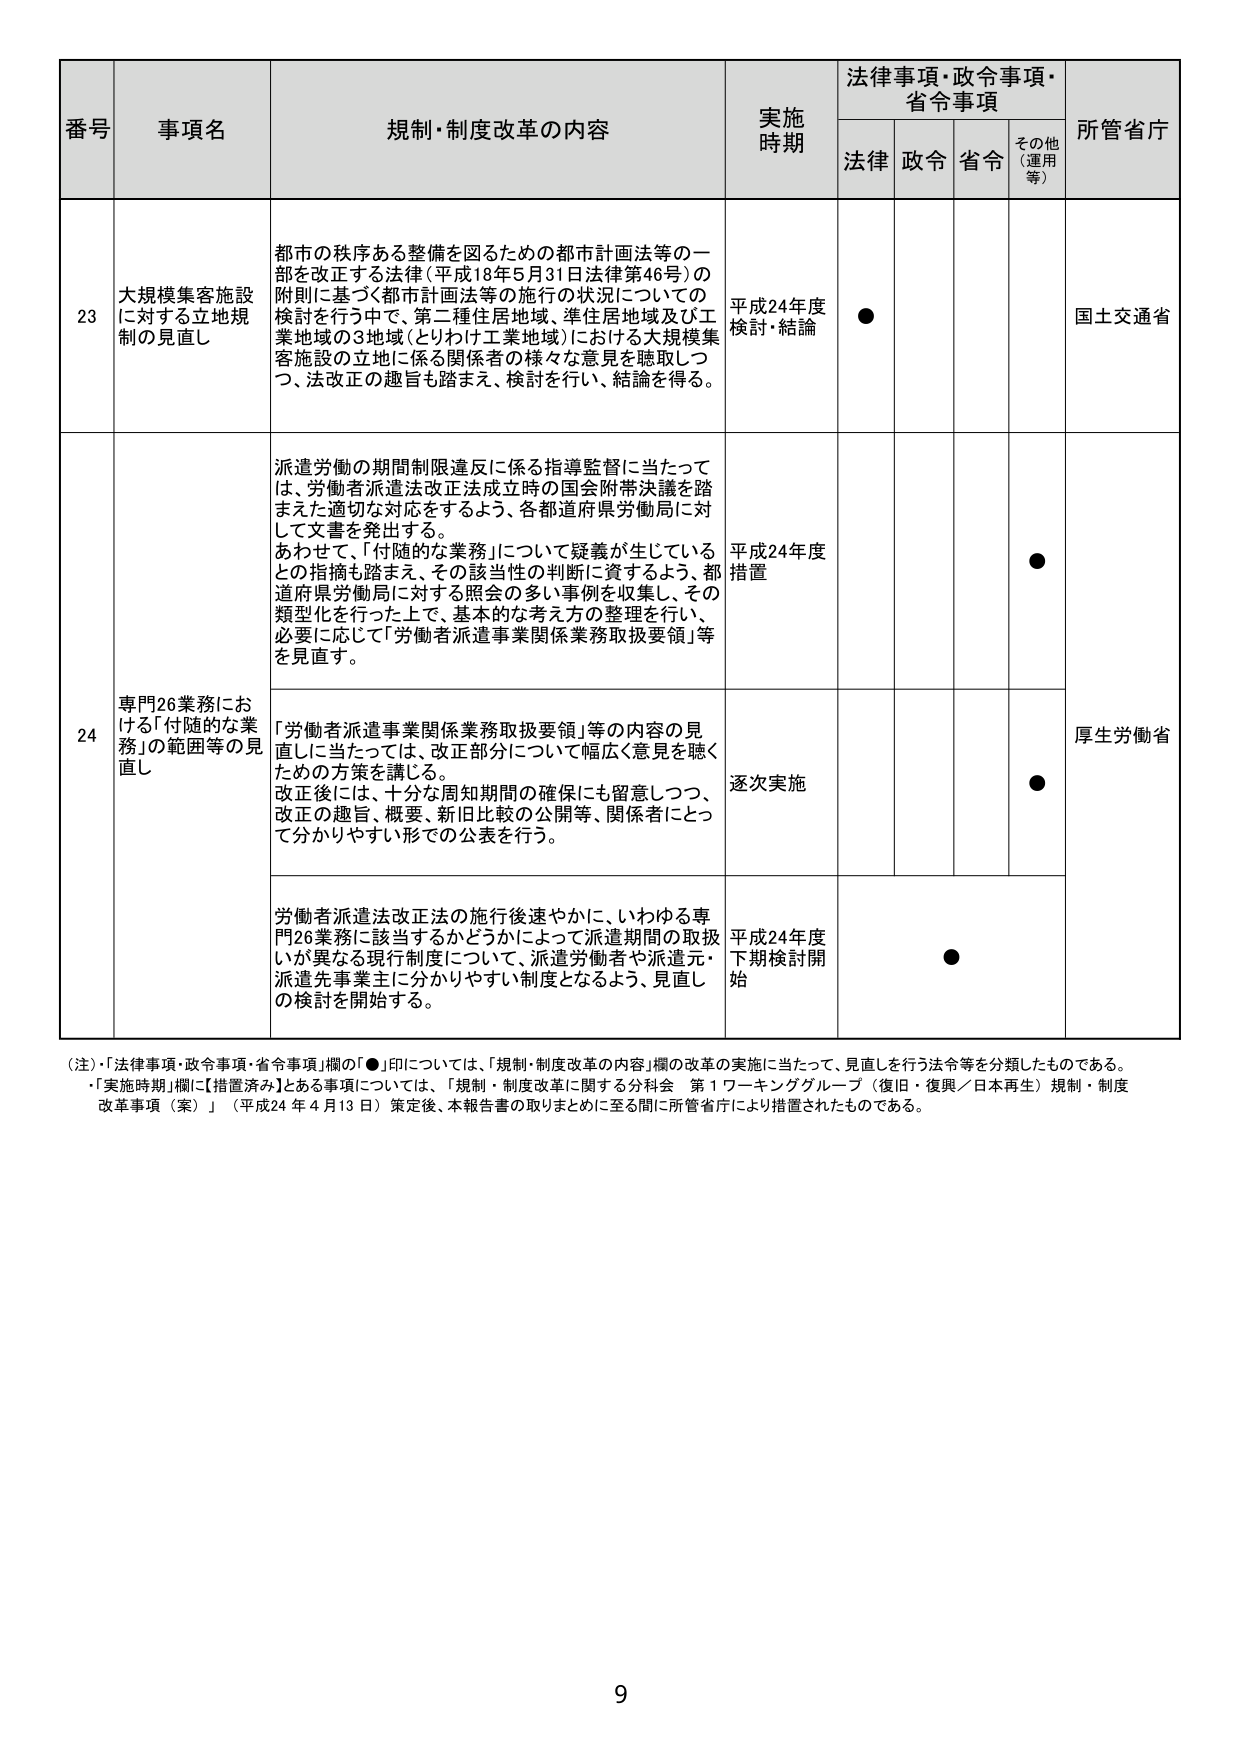
番号 事項名 規制・制度改革の内容 実施時期 法律事項・政令事項・省令事項 所管省庁
法律 政令 省令 その他（運用等）
23 大規模集客施設に対する立地規制の見直し 都市の秩序ある整備を図るための都市計画法等の一部を改正する法律（平成18年5月31日法律第46号）の附則に基づく都市計画法等の施行の状況についての検討を行う中で、第二種住居地域、準住居地域及び工業地域の3地域（とりわけ工業地域）における大規模集客施設の立地に係る関係者の様々な意見を聴取しつつ、法改正の趣旨も踏まえ、検討を行い、結論を得る。 平成24年度 検討・結論 ● 国土交通省
24 専門26業務における「付随的な業務」の範囲等の見直し 派遣労働の期間制限違反に係る指導監督に当たっては、労働者派遣法改正法成立時の国会附帯決議を踏まえた適切な対応をするよう、各都道府県労働局に対して文書を発出する。 あわせて、「付随的な業務」について疑義が生じているとの指摘も踏まえ、その該当性の判断に資するよう、都道府県労働局に対する照会の多い事例を収集し、その類型化を行った上で、基本的な考え方の整理を行い、必要に応じて「労働者派遣事業関係業務取扱要領」等を見直す。 平成24年度 措置 ● 厚生労働省
「労働者派遣事業関係業務取扱要領」等の内容の見直しに当たっては、改正部分について幅広く意見を聴くための方策を講じる。 改正後には、十分な周知期間の確保にも留意しつつ、改正の趣旨、概要、新旧比較の公開等、関係者にとって分かりやすい形での公表を行う。 逐次実施 ●
労働者派遣法改正法の施行後速やかに、いわゆる専門26業務に該当するかどうかによって派遣期間の取扱いが異なる現行制度について、派遣労働者や派遣元・派遣先事業主に分かりやすい制度となるよう、見直しの検討を開始する。 平成24年度 下期検討開始 ●
（注）「法律事項・政令事項・省令事項」欄の「●」印については、「規制・制度改革の内容」欄の改革の実施に当たって、見直しを行う法令等を分類したものである。
・「実施時期」欄に【措置済み】とある事項については、「規制・制度改革に関する分科会 第1ワーキンググループ（復旧・復興／日本再生）規制・制度改革事項（案）」（平成24年4月13日）策定後、本報告書の取りまとめに至る間に所管省庁により措置されたものである。
9